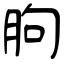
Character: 朐